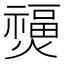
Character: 𤑐